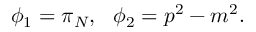
\phi _ { 1 } = \pi _ { N } , \: \: \: \phi _ { 2 } = p ^ { 2 } - m ^ { 2 } .